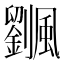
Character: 𩙔